Civil Veterinary Department Bengal reports 1933-51 - 1933-1951
Year: 1933
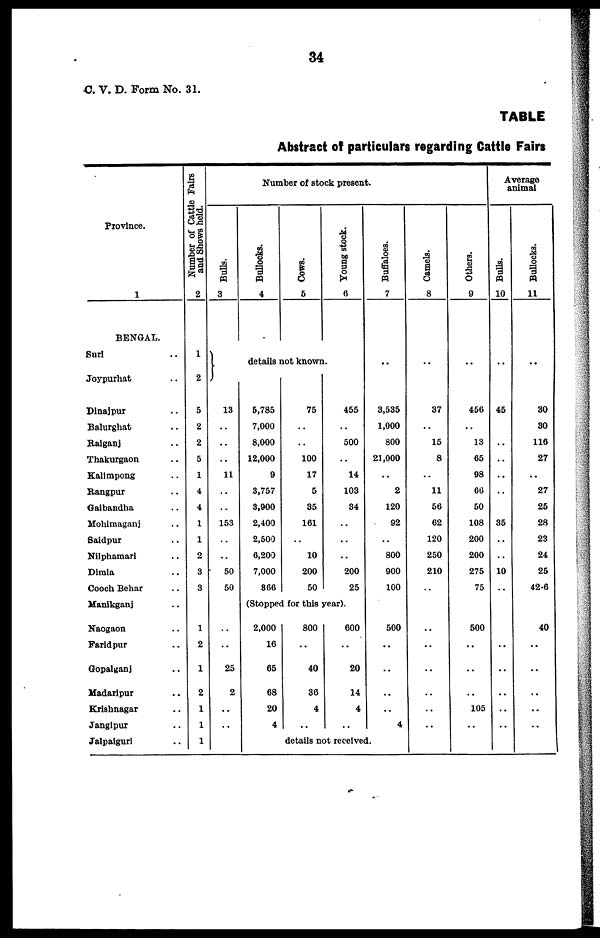
34
C. V. D. Form No. 31.
TABLE
Abstract of particulars regarding Cattle Fairs
Province.
1
BENGAL.
Suri ..
Joypurhat ..
Dinajpur ..
Balurghat ..
Raiganj ..
Thakurgaon ..
Kalimpong ..
Rangpur ..
Gaibandha ..
Mohimaganj ..
Saidpur ..
Nilphamari ..
Dimla ..
Cooch Behar ..
Manikganj ..
Naogaon ..
Faridpur ..
Gopalganj ..
Madaripur ..
Krishnagar ..
Jangipur ..
Jalpaiguri ..
Number of Cattle Fairs
and Shows held.
2
1
2
5
2
2
5
1
4
4
1
1
2
3
3
1
2
1
2
1
1
1
Number of stock present.
Bulls.
3
13
..
..
..
11
..
..
153
..
..
50
50
..
..
25
2
..
..
Bullocks.
4
Cows.
5
Young stock.
6
details not known.
5,785
7,000
8,000
12,000
9
3,757
3,900
2,400
2,500
6,200
7,000
866
75
..
..
100
17
5
35
161
..
10
200
50
455
..
500
..
14
103
34
..
..
..
200
25
(Stopped for this year).
2,000
16
65
68
20
4
800
..
40
36
4
..
600
..
20
14
4
..
Buffaloes.
7
..
3,535
1,000
800
21,000
..
2
120
92
..
800
900
100
500
..
..
..
..
4
details not received.
Camels.
8
..
37
..
15
8
..
11
56
62
120
250
210
..
..
..
..
..
..
..
Others.
9
..
456
..
13
65
98
66
50
108
200
200
275
75
500
..
..
..
105
..
Average
animal
Bulls.
10
..
45
..
..
..
..
..
..
35
..
..
10
..
..
..
..
..
..
..
Bullocks.
11
..
30
30
116
27
..
27
25
28
23
24
25
42-6
40
..
..
..
..
..